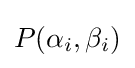
P(\alpha _{i},\beta _{i})